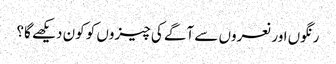
رنگوں اور نعروں سے آگے کی چیزوں کو کون دیکھے گا؟